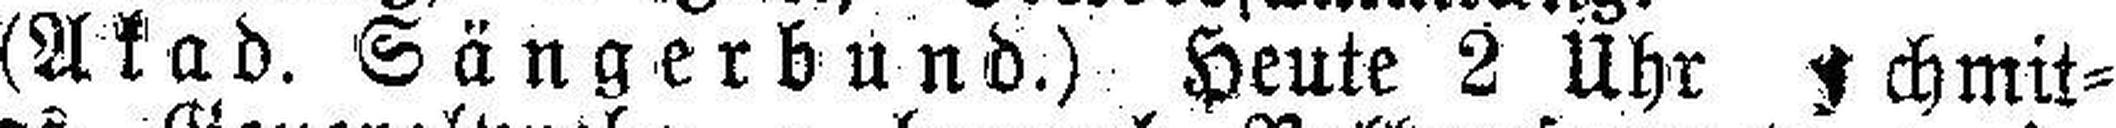
(Akad. Sängerbund.) Heute 2 Uhr Ichmit¬